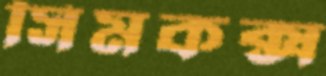
সিমকক্স